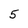
Character: 5